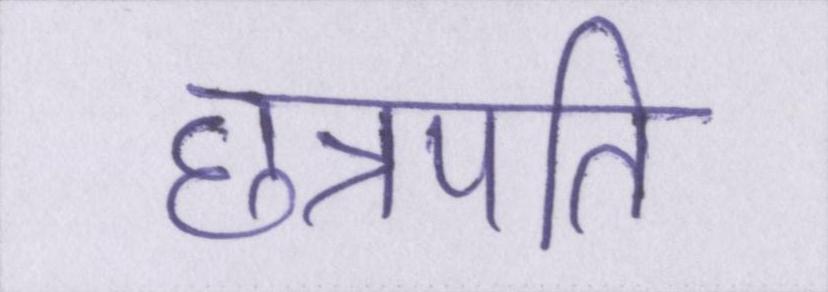
छत्रपति